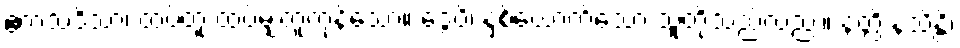
ဧကသဒိသာ၊ ထပ်တူ ထပ်မျှတူကုန်သော။ ဒွေပိ၊ နှစ်ယောက်သော သူတို့သည်လည်း။ နတ္ထိ နသိန္တိ၊